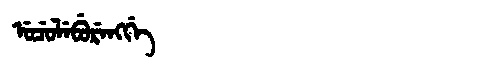
Manchu: ᡠᠴᡠᠯᡝᠪᡠᡵᡝᠩᡤᡝ
Romanization: UCULEBURENGGE